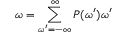
\omega = \sum _ { \omega ^ { \prime } = - \infty } ^ { \infty } P ( \omega ^ { \prime } ) \omega ^ { \prime }